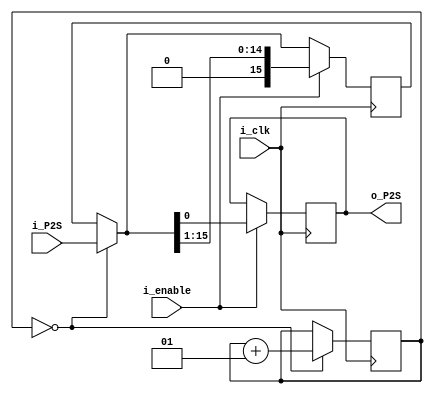
`timescale 1ns / 1ps
//////////////////////////////////////////////////////////////////////////////////
// Company: 
// Engineer: 
// 
// Design Name: 
// Module Name:    P2S 
// Project Name: 
// Target Devices: 
// Tool versions: 
// Description: 
//
// Dependencies: 
//
// Revision: 
// Revision 0.01 - File Created
// Additional Comments: 
//
//////////////////////////////////////////////////////////////////////////////////
module P2S(
	input [15:0] i_P2S ,
	input i_clk ,
	input i_enable,
	output reg o_P2S);
	
	reg [15:0] middelWire;
	integer i;
	initial
	begin 
		middelWire = 0;
		i = 0;
		o_P2S = 1'b0;
	end
	
	always @(posedge i_clk)  
	begin
	if(i == 0)
	begin
		middelWire = i_P2S;
		i = i+1;
	end
	if(i_enable)
		begin
			o_P2S = middelWire[0];
			middelWire = middelWire >> 1;
		end
	end
	
endmodule